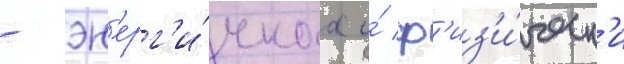
- эн'ерг'и́чнаа и́ ф'из'и́ческ'и